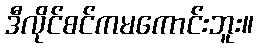
ဒီလိုင်စင်ကမကောင်းဘူး။